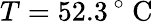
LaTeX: T=52.3\, ^{\circ}\mathrm{~C~}